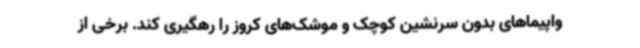
واپیماهای بدون سرنشین کوچک و موشک‌های کروز را رهگیری کند. برخی از